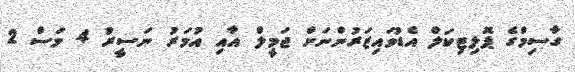
ގާސިމްގެ ޕޮލިޓިކަލް އެޑުވައިޒަރުންނަށް ޖަމީލް އާއި އުމަރު ނަސީރު 4 މަސް 2